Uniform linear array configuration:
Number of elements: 24
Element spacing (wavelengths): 0.5
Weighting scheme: cosine
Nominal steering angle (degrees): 45
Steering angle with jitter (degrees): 45.533
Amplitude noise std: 0.05
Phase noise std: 0.05

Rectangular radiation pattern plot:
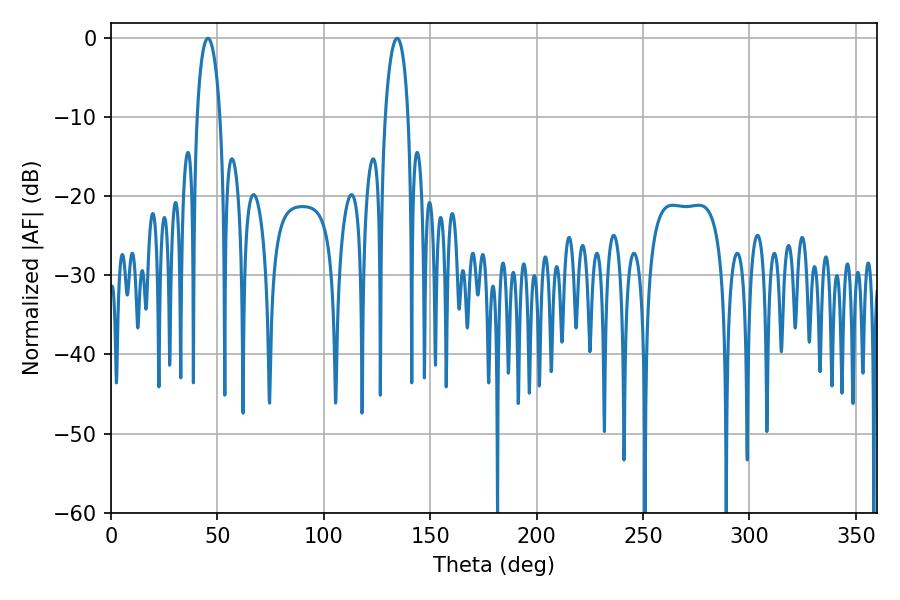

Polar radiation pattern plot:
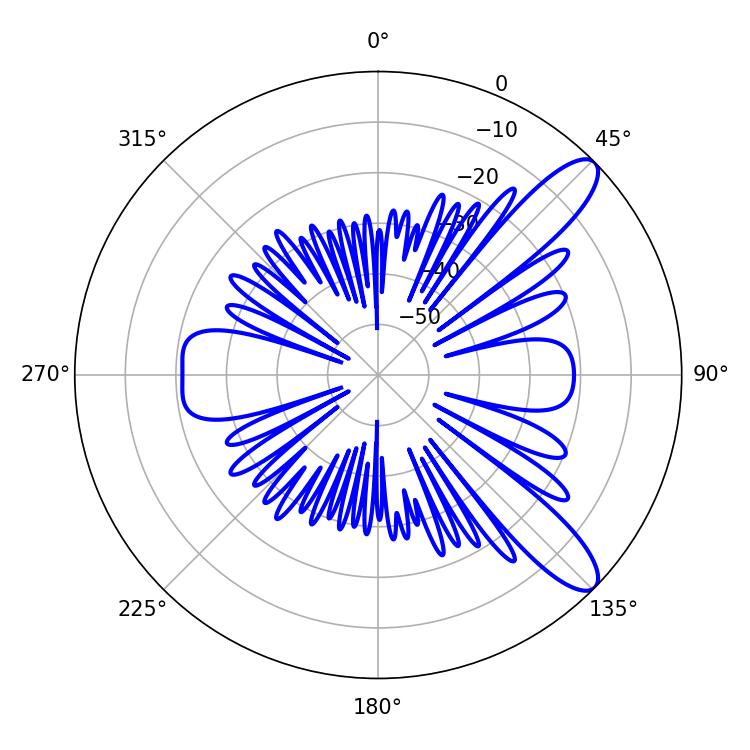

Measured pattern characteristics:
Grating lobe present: FALSE
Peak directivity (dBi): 10.758
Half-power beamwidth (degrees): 6.3
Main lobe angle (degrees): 45.54